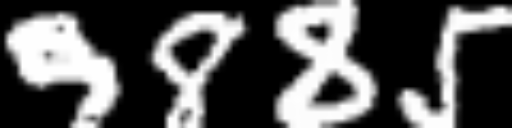
Text: 9885